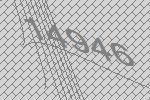
14946